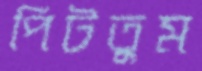
পিটতুম